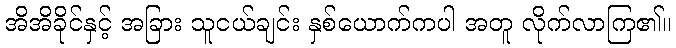
အိအိခိုင်နှင့် အခြား သူငယ်ချင်း နှစ်ယောက်ကပါ အတူ လိုက်လာကြ၏။